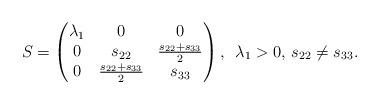
LaTeX: \begin{align*} S =\begin{pmatrix}\lambda _1 & 0 & 0\\0 & s_{22} & \frac{s_{22} + s_{33}}{2}\\0 & \frac{s_{22} + s_{33}}{2} & s_{33}\end{pmatrix}, \enskip \lambda _1 >0,\, s_{22}\neq s_{33}.\end{align*}